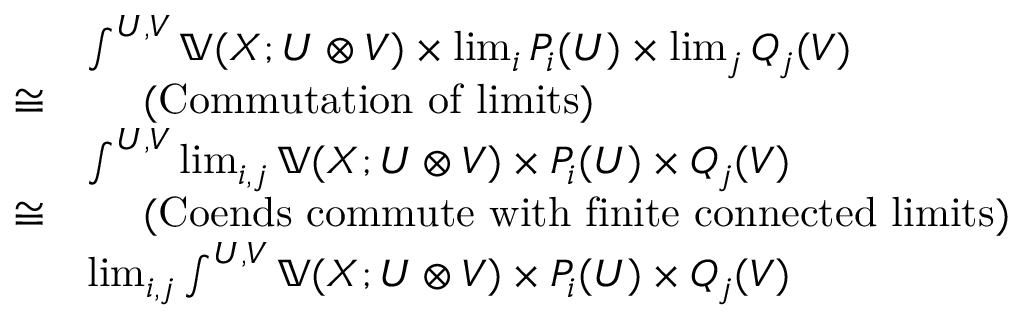
\begin{array} { r l } & { \int ^ { U , V } 𝕍 ( X ; U ⊗ V ) × \lim _ { i } P _ { i } ( U ) × \lim _ { j } Q _ { j } ( V ) } \\ { ≅ } & { \quad \mathrm { ~ ( C o m m u t a t i o n ~ o f ~ l i m i t s ) ~ } } \\ & { \int ^ { U , V } \lim _ { i , j } 𝕍 ( X ; U ⊗ V ) × P _ { i } ( U ) × Q _ { j } ( V ) } \\ { ≅ } & { \quad \mathrm { ~ ( C o e n d s ~ c o m m u t e ~ w i t h ~ f i n i t e ~ c o n n e c t e d ~ l i m i t s ) ~ } } \\ & { \lim _ { i , j } \int ^ { U , V } 𝕍 ( X ; U ⊗ V ) × P _ { i } ( U ) × Q _ { j } ( V ) } \end{array}